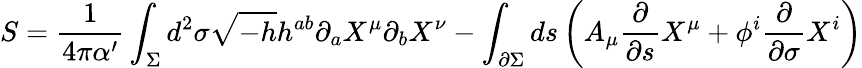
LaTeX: S=\frac{1}{4\pi\alpha^{\prime}}\int_{\Sigma}d^{2}\sigma\sqrt{-h}h^{ab}\partial_{a}X^{\mu}\partial_{b}X^{\nu}-\int_{\partial\Sigma}ds\left(A_{\mu}\frac{\partial}{\partial s}X^{\mu}+\phi^{i}\frac{\partial}{\partial\sigma}X^{i}\right)